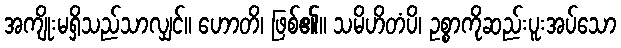
အကျိုးမရှိသည်သာလျှင်။ ဟောတိ၊ ဖြစ်၏။ သမိဟိတံပိ၊ ဥစ္စာကိုဆည်းပူးအပ်သော